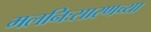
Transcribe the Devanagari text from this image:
मलनिःसारणच्या